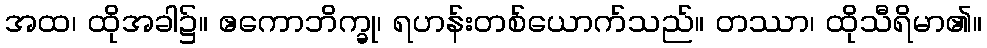
အထ၊ ထိုအခါ၌။ ဧကောဘိက္ခု၊ ရဟန်းတစ်ယောက်သည်။ တဿာ၊ ထိုသီရိမာ၏။